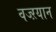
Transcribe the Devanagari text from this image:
वज्ऱयान